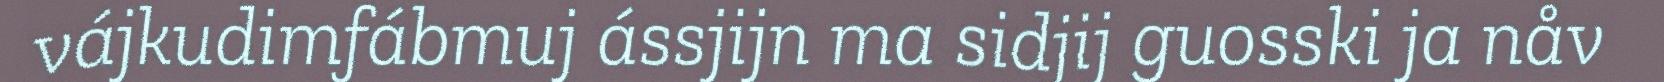
vájkudimfábmuj ássjijn ma sidjij guosski ja nåv